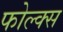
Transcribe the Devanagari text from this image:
फोल्क्स